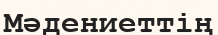
Мәдениеттің